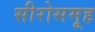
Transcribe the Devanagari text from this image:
सीरोसमूह